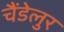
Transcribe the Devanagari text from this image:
चैंडेलुर